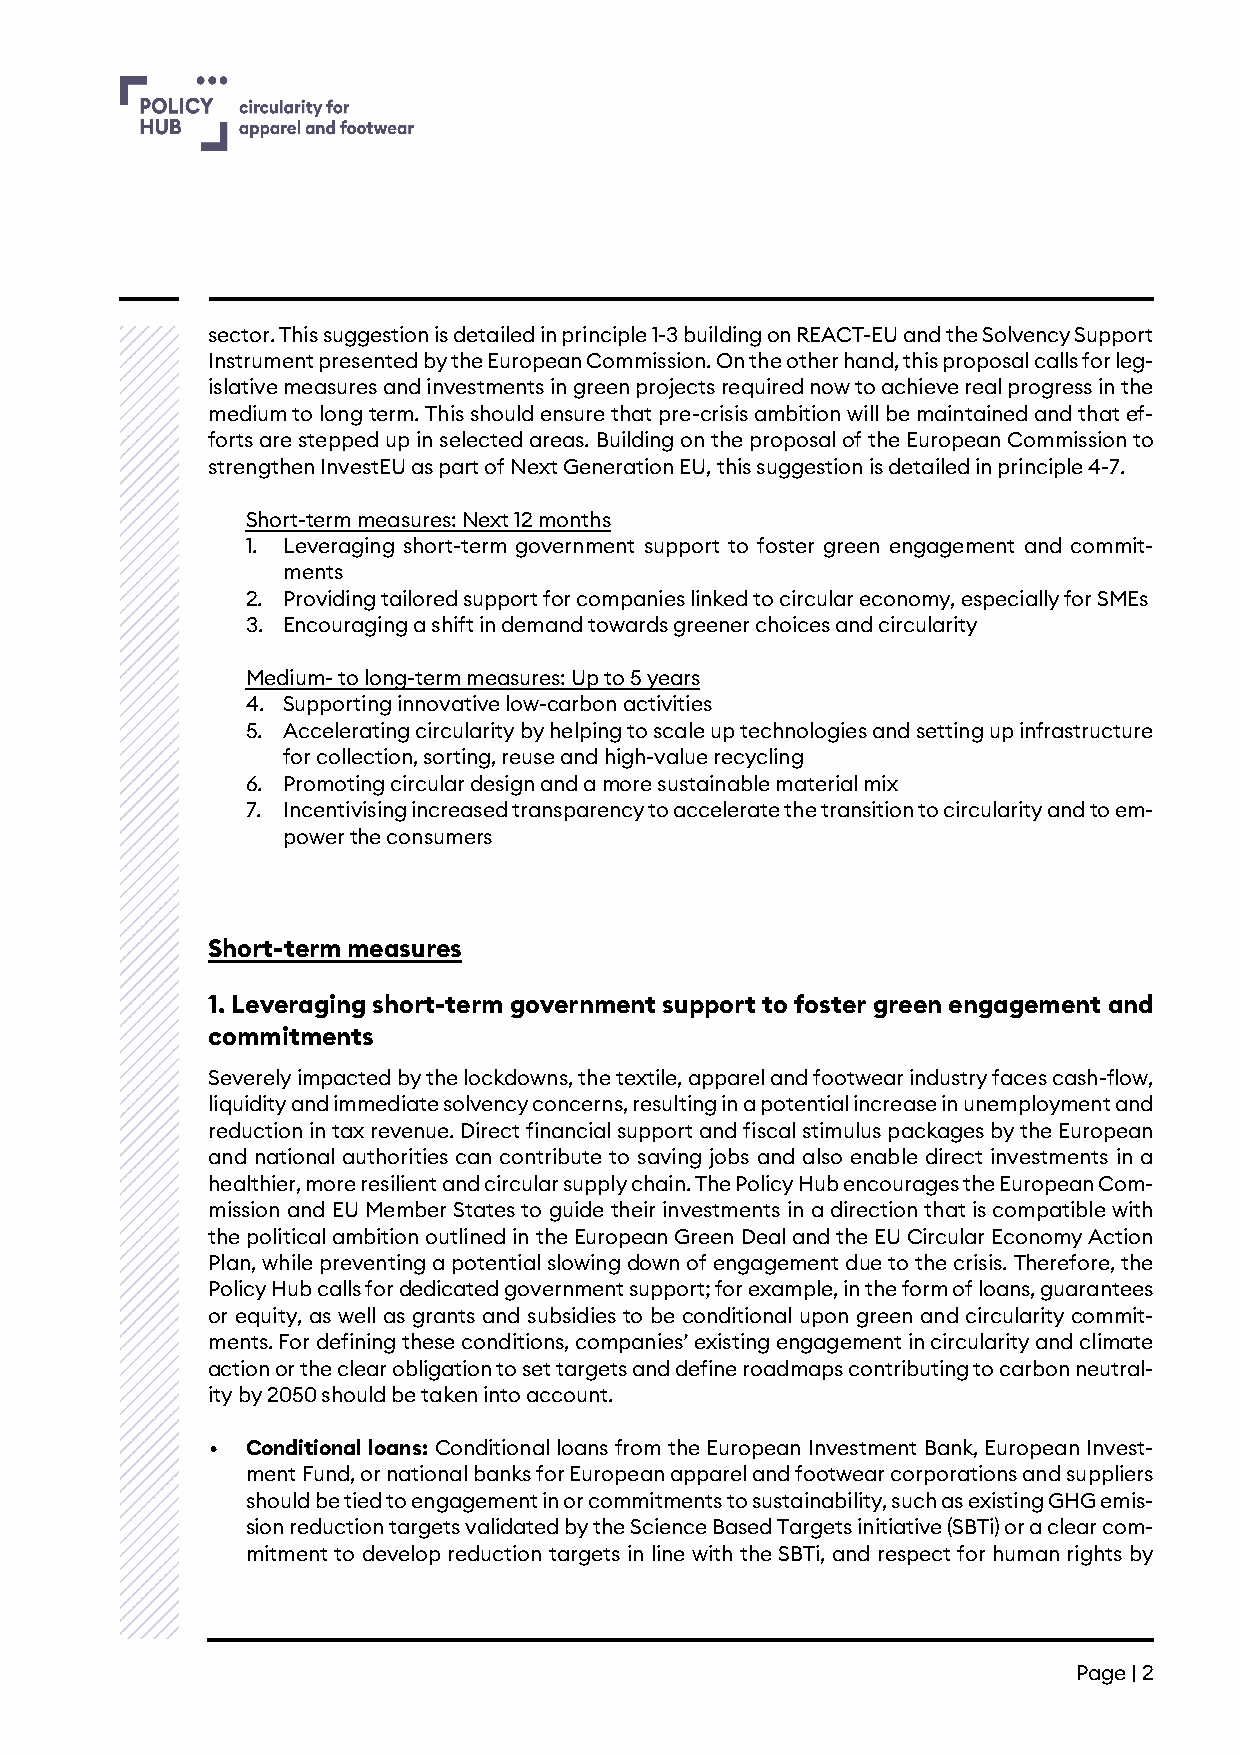
s ector. This suggestion is detailed in principle 1-3 building on REACT-EU and the Solvency Support
 Instrument presented by the European Commission. On the other hand, this proposal calls for leg-
 islative measures and investments in green projects required now to achieve real progress in the
 medium to long term. This should ensure that pre-crisis ambition will be maintained and that ef-
 forts are stepped up in selected areas. Building on the proposal of the European Commission to
 strengthen InvestEU as part of Next Generation EU, this suggestion is detailed in principle 4-7.
 Short-term measures: Next 12 months
 1. Leveraging short-term government support to foster green engagement and commit-
 ments
 2. Providing tailored support for companies linked to circular economy, especially for SMEs
 3. Encouraging a shift in demand towards greener choices and circularity
 Medium- to long-term measures: Up to 5 years
 4. Supporting innovative low-carbon activities
 5. Accelerating circularity by helping to scale up technologies and setting up infrastructure
 for collection, sorting, reuse and high-value recycling
 6. Promoting circular design and a more sustainable material mix
 7. Incentivising increased transparency to accelerate the transition to circularity and to em-
 power the consumers
 Short-term measures
 1. Leveraging short-term government support to foster green engagement and
 commitments
 Severely impacted by the lockdowns, the textile, apparel and footwear industry faces cash-flow,
 liquidity and immediate solvency concerns, resulting in a potential increase in unemployment and
 reduction in tax revenue. Direct financial support and fiscal stimulus packages by the European
 and national authorities can contribute to saving jobs and also enable direct investments in a
 healthier, more resilient and circular supply chain. The Policy Hub encourages the European Com-
 mission and EU Member States to guide their investments in a direction that is compatible with
 the political ambition outlined in the European Green Deal and the EU Circular Economy Action
 Plan, while preventing a potential slowing down of engagement due to the crisis. Therefore, the
 Policy Hub calls for dedicated government support; for example, in the form of loans, guarantees
 or equity, as well as grants and subsidies to be conditional upon green and circularity commit-
 ments. For defining these conditions, companies’ existing engagement in circularity and climate
 action or the clear obligation to set targets and define roadmaps contributing to carbon neutral-
 ity by 2050 should be taken into account.
 • Conditional loans: Conditional loans from the European Investment Bank, European Invest-
 ment Fund, or national banks for European apparel and footwear corporations and suppliers
 should be tied to engagement in or commitments to sustainability, such as existing GHG emis-
 sion reduction targets validated by the Science Based Targets initiative (SBTi) or a clear com-
 mitment to develop reduction targets in line with the SBTi, and respect for human rights by
 Page | 2